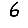
Digit: 6